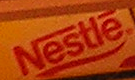
Nestle